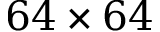
6 4 \times 6 4